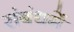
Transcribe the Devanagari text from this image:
संबंधमें